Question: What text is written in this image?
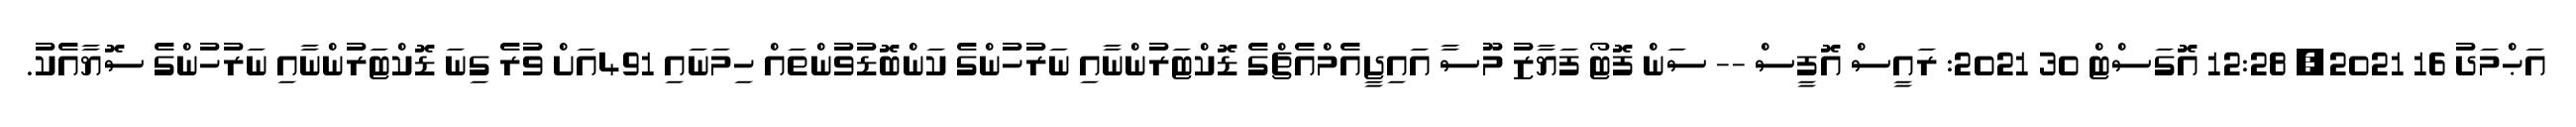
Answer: އަޙްމަދު 16 2021, 12:28 އޮގަސްޓް 30 2021: ރައީސް އޮފީސް -- ސަން ފޮޓޯ ފަޔާޒު މޫސާ އައިޖީއެމްއެޗްގެ ޑޮކްޓަރުންނާއި ނަރުހުންގެ ކަންބޮޑުވުންތައް ހިމަނައި 491އަށް ވުރެ ގިނަ ޑޮކްޓަރުންނާއި ނަރުހުންގެ ސޮޔާއެކު.